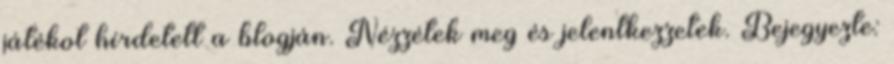
játékot hírdetett a blogján. Nézzétek meg és jelentkezzetek. Bejegyezte: